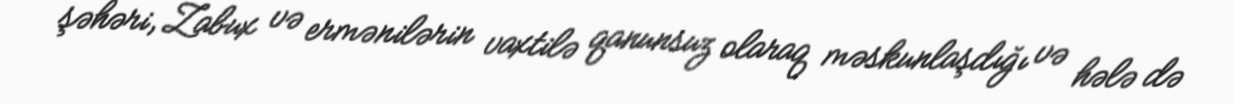
şəhəri, Zabux və ermənilərin vaxtilə qanunsuz olaraq məskunlaşdığı və hələ də